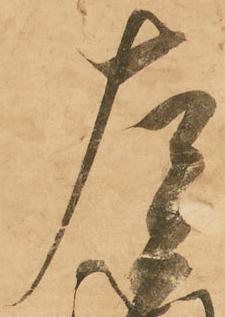
左